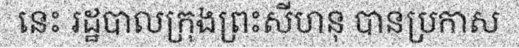
នេះ រដ្ឋបាលក្រុងព្រះសីហនុ បានប្រកាស